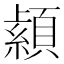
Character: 𦅐